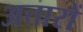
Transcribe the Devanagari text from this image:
अत्तारों